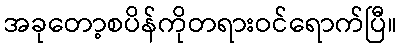
အခုတော့စပိန်ကိုတရားဝင်ရောက်ပြီ။